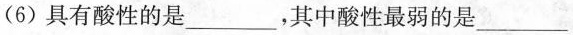
(6)具有酸性的是___，其中酸性最弱的是___